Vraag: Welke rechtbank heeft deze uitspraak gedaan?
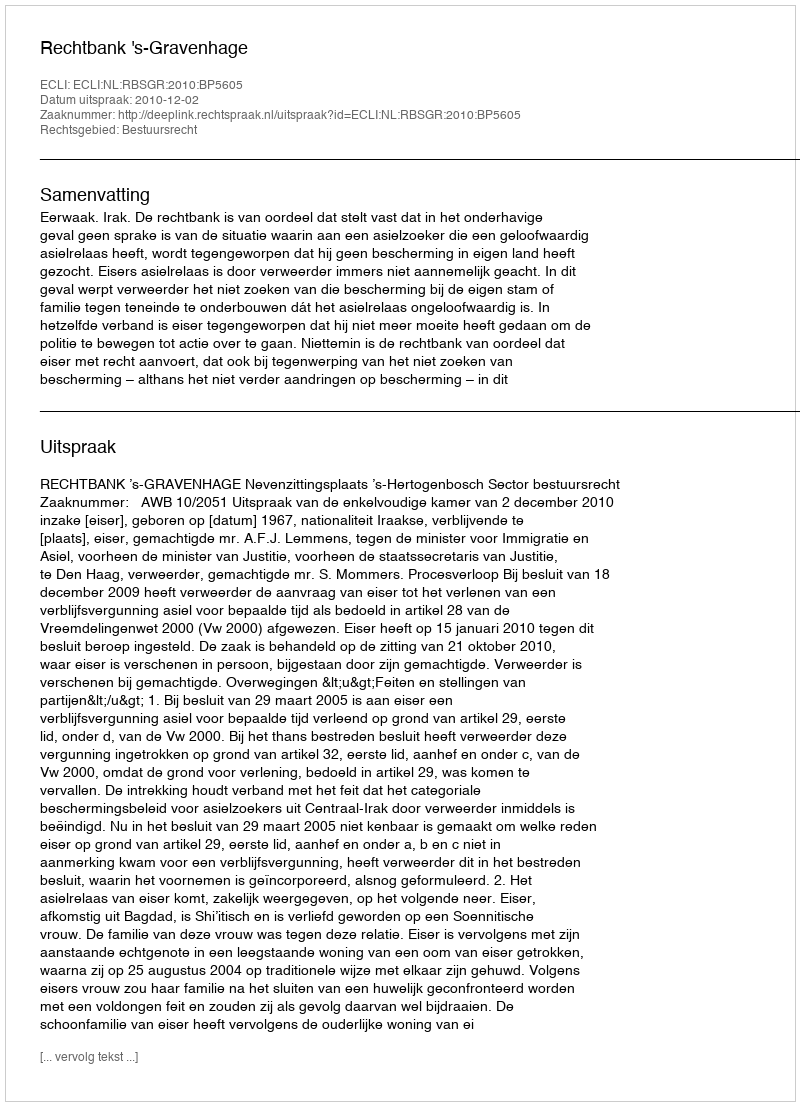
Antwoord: Rechtbank 's-Gravenhage